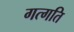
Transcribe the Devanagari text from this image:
गत्गति